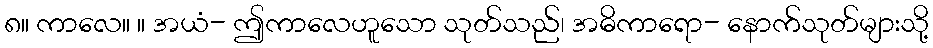
၈။ ကာလေ။ ။ အယံ- ဤကာလေဟူသော သုတ်သည်၊ အဓိကာရော- နောက်သုတ်များသို့